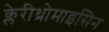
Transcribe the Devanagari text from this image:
क्लेरीथ्रोमाइसिन